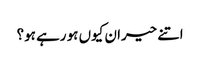
اتنے حیران کیوں ہو رہے ہو؟